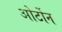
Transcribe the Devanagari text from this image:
ओर्टोन